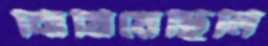
ঝিমিয়েছিলি